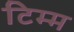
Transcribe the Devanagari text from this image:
टिम्म